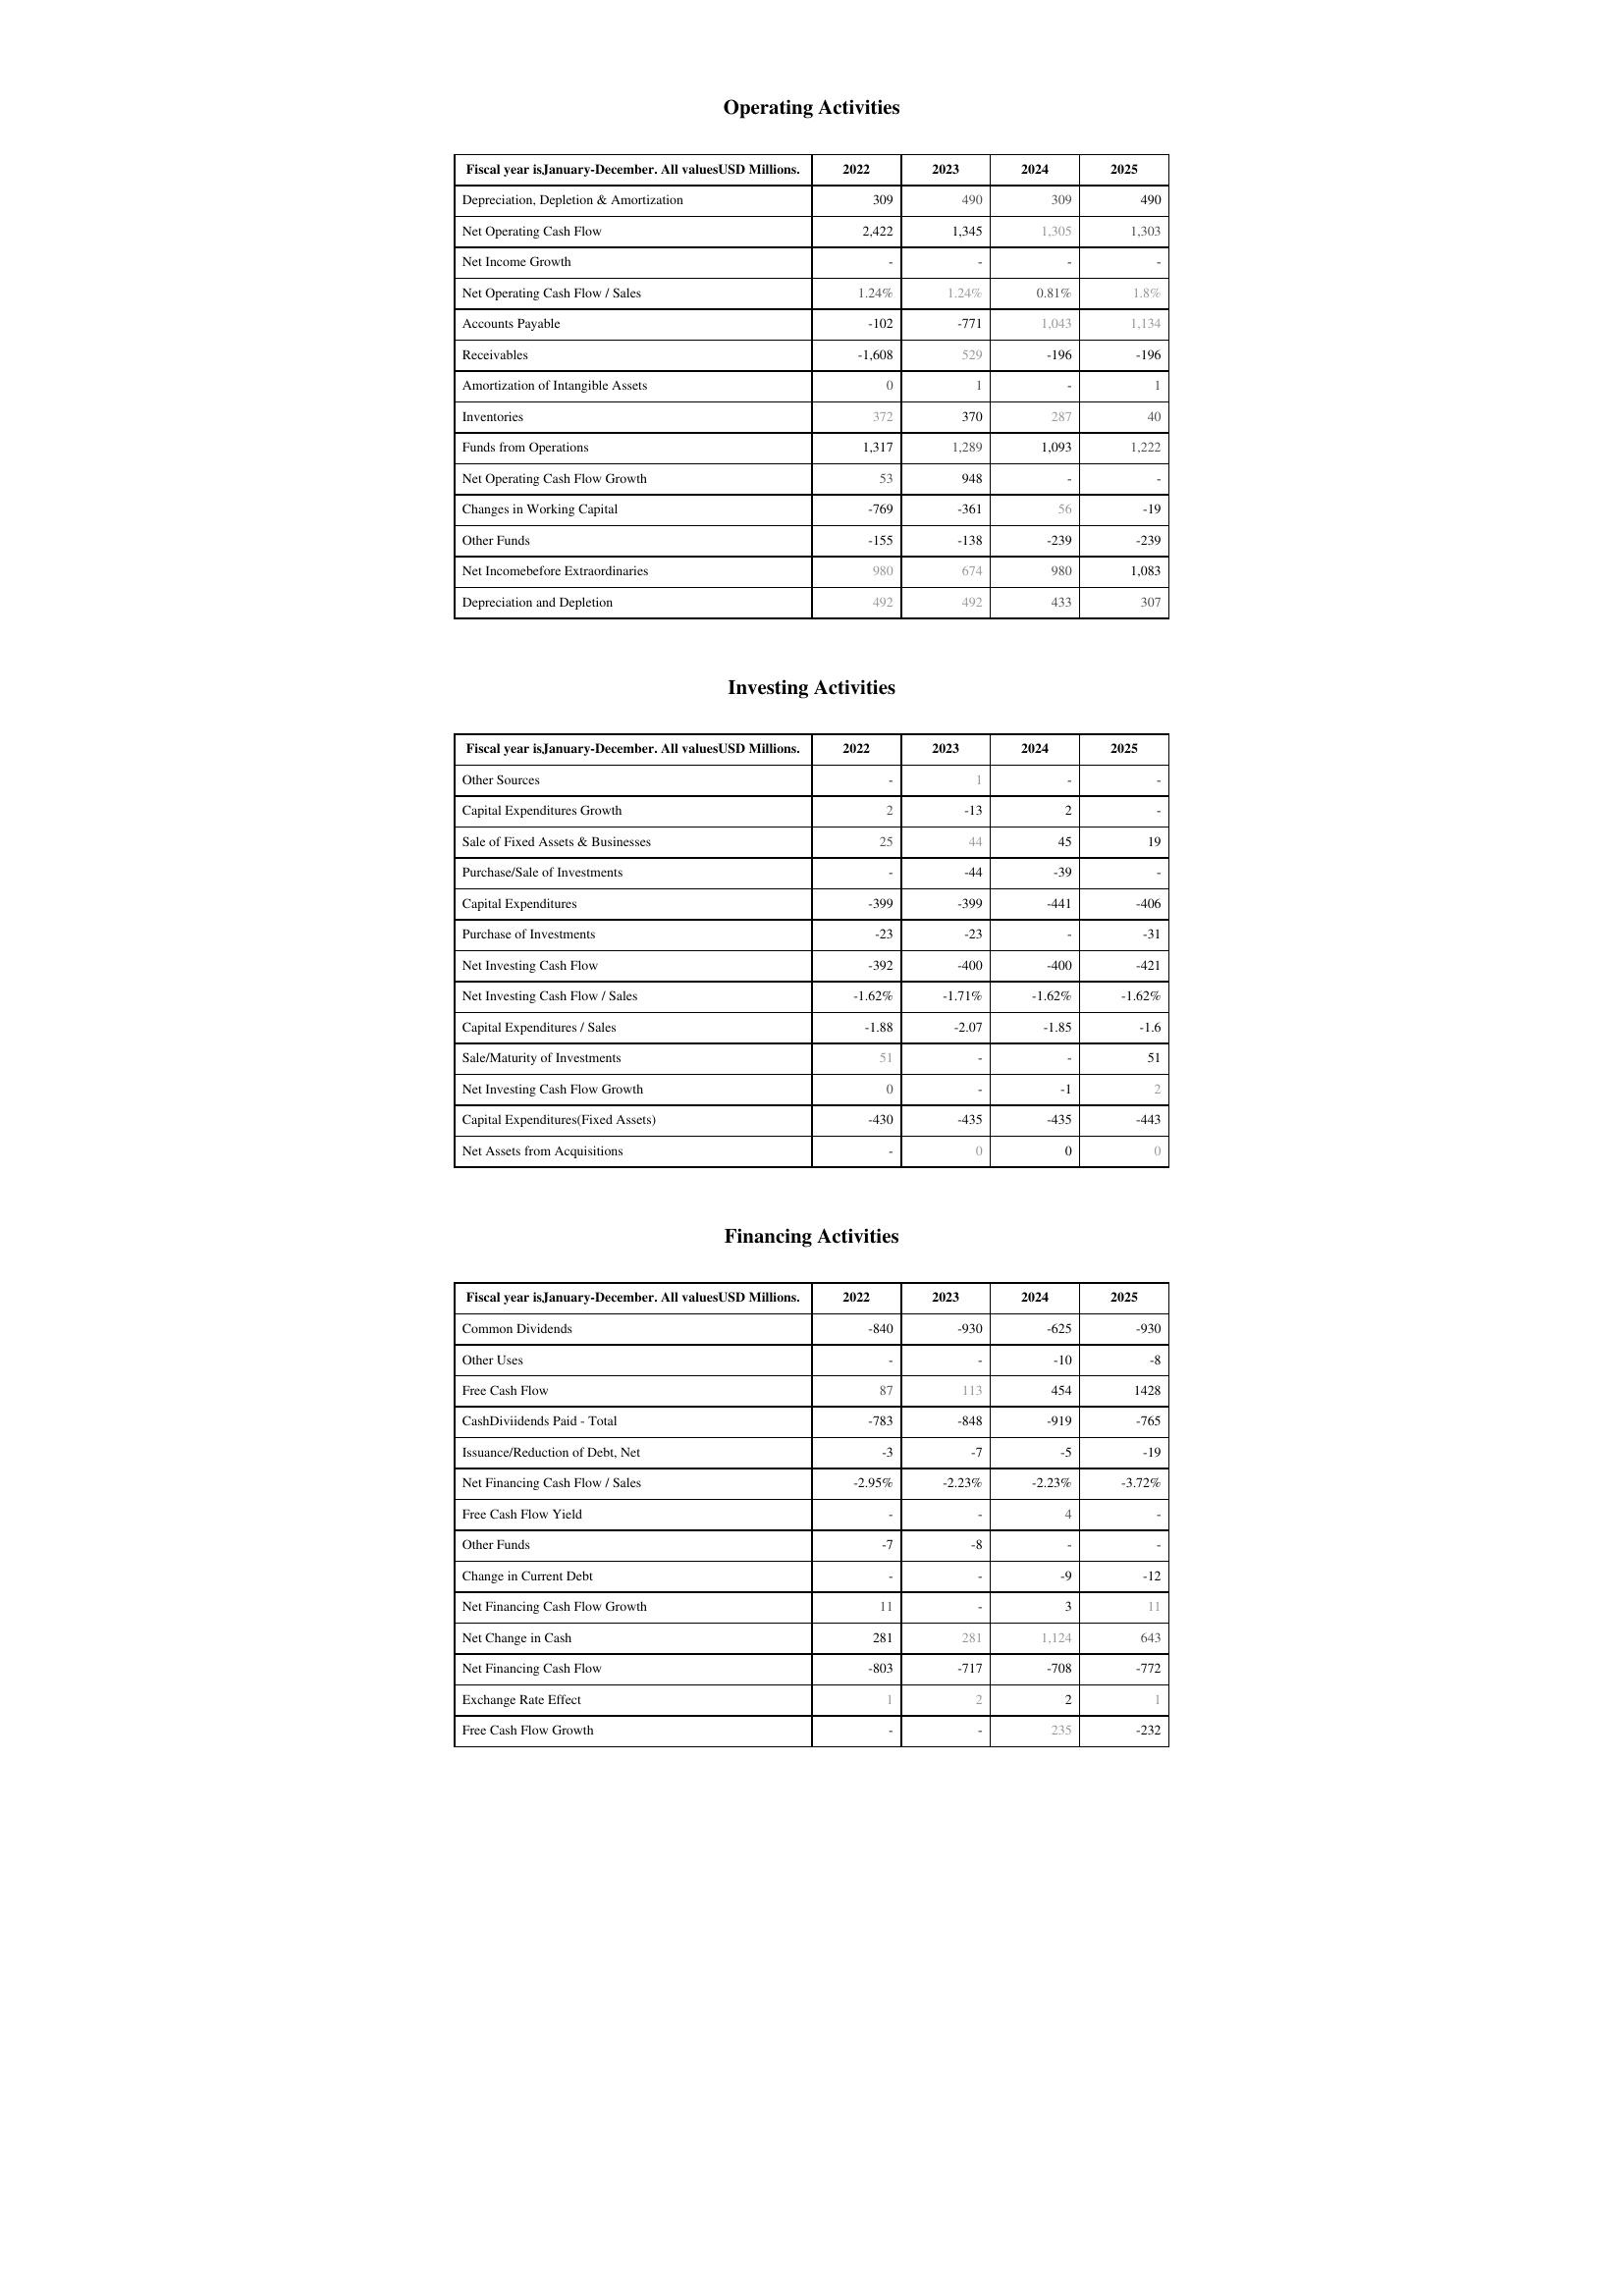
2022: Operating Activities: Depreciation, Depletion & Amortization: 309
Net Operating Cash Flow: 2,422
Net Income Growth: -
Net Operating Cash Flow / Sales: 1.24%
Accounts Payable: -102
Receivables: -1,608
Amortization of Intangible Assets: 0
Inventories: 372
Funds from Operations: 1,317
Net Operating Cash Flow Growth: 53
Changes in Working Capital: -769
Other Funds: -155
Net Incomebefore Extraordinaries: 980
Depreciation and Depletion: 492
Investing Activities: Other Sources: -
Capital Expenditures Growth: 2
Sale of Fixed Assets & Businesses: 25
Purchase/Sale of Investments: -
Capital Expenditures: -399
Purchase of Investments: -23
Net Investing Cash Flow: -392
Net Investing Cash Flow / Sales: -1.62%
Capital Expenditures / Sales: -1.88
Sale/Maturity of Investments: 51
Net Investing Cash Flow Growth: 0
Capital Expenditures(Fixed Assets): -430
Net Assets from Acquisitions: -
Financing Activities: Common Dividends: -840
Other Uses: -
Free Cash Flow: 87
CashDiviidends Paid - Total: -783
Issuance/Reduction of Debt, Net: -3
Net Financing Cash Flow / Sales: -2.95%
Free Cash Flow Yield: -
Other Funds: -7
Change in Current Debt: -
Net Financing Cash Flow Growth: 11
Net Change in Cash: 281
Net Financing Cash Flow: -803
Exchange Rate Effect: 1
Free Cash Flow Growth: -
2023: Operating Activities: Depreciation, Depletion & Amortization: 490
Net Operating Cash Flow: 1,345
Net Income Growth: -
Net Operating Cash Flow / Sales: 1.24%
Accounts Payable: -771
Receivables: 529
Amortization of Intangible Assets: 1
Inventories: 370
Funds from Operations: 1,289
Net Operating Cash Flow Growth: 948
Changes in Working Capital: -361
Other Funds: -138
Net Incomebefore Extraordinaries: 674
Depreciation and Depletion: 492
Investing Activities: Other Sources: 1
Capital Expenditures Growth: -13
Sale of Fixed Assets & Businesses: 44
Purchase/Sale of Investments: -44
Capital Expenditures: -399
Purchase of Investments: -23
Net Investing Cash Flow: -400
Net Investing Cash Flow / Sales: -1.71%
Capital Expenditures / Sales: -2.07
Sale/Maturity of Investments: -
Net Investing Cash Flow Growth: -
Capital Expenditures(Fixed Assets): -435
Net Assets from Acquisitions: 0
Financing Activities: Common Dividends: -930
Other Uses: -
Free Cash Flow: 113
CashDiviidends Paid - Total: -848
Issuance/Reduction of Debt, Net: -7
Net Financing Cash Flow / Sales: -2.23%
Free Cash Flow Yield: -
Other Funds: -8
Change in Current Debt: -
Net Financing Cash Flow Growth: -
Net Change in Cash: 281
Net Financing Cash Flow: -717
Exchange Rate Effect: 2
Free Cash Flow Growth: -
2024: Operating Activities: Depreciation, Depletion & Amortization: 309
Net Operating Cash Flow: 1,305
Net Income Growth: -
Net Operating Cash Flow / Sales: 0.81%
Accounts Payable: 1,043
Receivables: -196
Amortization of Intangible Assets: -
Inventories: 287
Funds from Operations: 1,093
Net Operating Cash Flow Growth: -
Changes in Working Capital: 56
Other Funds: -239
Net Incomebefore Extraordinaries: 980
Depreciation and Depletion: 433
Investing Activities: Other Sources: -
Capital Expenditures Growth: 2
Sale of Fixed Assets & Businesses: 45
Purchase/Sale of Investments: -39
Capital Expenditures: -441
Purchase of Investments: -
Net Investing Cash Flow: -400
Net Investing Cash Flow / Sales: -1.62%
Capital Expenditures / Sales: -1.85
Sale/Maturity of Investments: -
Net Investing Cash Flow Growth: -1
Capital Expenditures(Fixed Assets): -435
Net Assets from Acquisitions: 0
Financing Activities: Common Dividends: -625
Other Uses: -10
Free Cash Flow: 454
CashDiviidends Paid - Total: -919
Issuance/Reduction of Debt, Net: -5
Net Financing Cash Flow / Sales: -2.23%
Free Cash Flow Yield: 4
Other Funds: -
Change in Current Debt: -9
Net Financing Cash Flow Growth: 3
Net Change in Cash: 1,124
Net Financing Cash Flow: -708
Exchange Rate Effect: 2
Free Cash Flow Growth: 235
2025: Operating Activities: Depreciation, Depletion & Amortization: 490
Net Operating Cash Flow: 1,303
Net Income Growth: -
Net Operating Cash Flow / Sales: 1.8%
Accounts Payable: 1,134
Receivables: -196
Amortization of Intangible Assets: 1
Inventories: 40
Funds from Operations: 1,222
Net Operating Cash Flow Growth: -
Changes in Working Capital: -19
Other Funds: -239
Net Incomebefore Extraordinaries: 1,083
Depreciation and Depletion: 307
Investing Activities: Other Sources: -
Capital Expenditures Growth: -
Sale of Fixed Assets & Businesses: 19
Purchase/Sale of Investments: -
Capital Expenditures: -406
Purchase of Investments: -31
Net Investing Cash Flow: -421
Net Investing Cash Flow / Sales: -1.62%
Capital Expenditures / Sales: -1.6
Sale/Maturity of Investments: 51
Net Investing Cash Flow Growth: 2
Capital Expenditures(Fixed Assets): -443
Net Assets from Acquisitions: 0
Financing Activities: Common Dividends: -930
Other Uses: -8
Free Cash Flow: 1428
CashDiviidends Paid - Total: -765
Issuance/Reduction of Debt, Net: -19
Net Financing Cash Flow / Sales: -3.72%
Free Cash Flow Yield: -
Other Funds: -
Change in Current Debt: -12
Net Financing Cash Flow Growth: 11
Net Change in Cash: 643
Net Financing Cash Flow: -772
Exchange Rate Effect: 1
Free Cash Flow Growth: -232